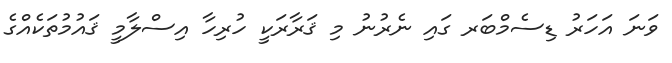
ވަނަ އަހަރު ޑިސެމްބަރ ގައި ނެރުނު މި ޤަރާރަކީ ހުރިހާ އިސްލާމީ ޤައުމުތަކެއްގެ